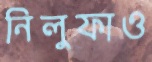
নিলুফাও